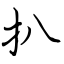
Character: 扒